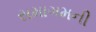
સમાગમની